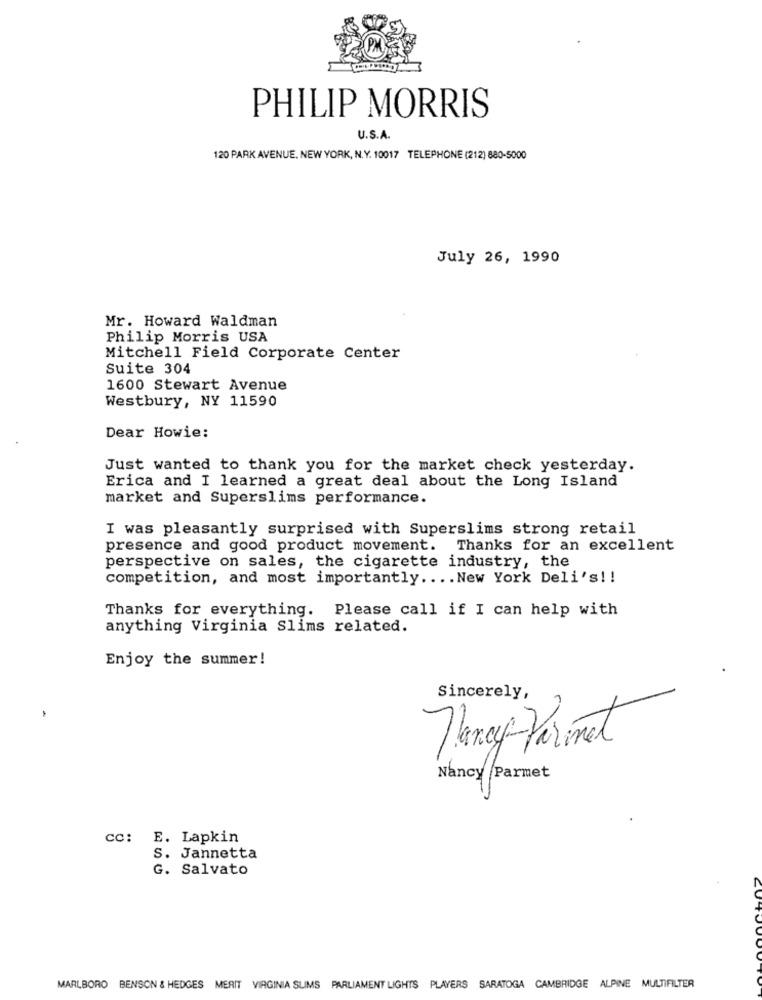
PHILIP MORRIS
U.S.A.
120 PARK AVENUE, NEW YORK, N.Y. 10017 TELEPHONE (212) 880-5000
July 26, 1990
Mr. Howard Waldman
Philip Morris USA
Mitchell Field Corporate Center
Suite 304
1600 Stewart Avenue
Westbury, NY 11590
Dear Howie:
Just wanted to thank you for the market check yesterday.
Erica and I learned a great deal about the Long Island
market and Superslims performance.
I was pleasantly surprised with Superslims strong retail
presence and good product movement. Thanks for an excellent
perspective on sales, the cigarette industry, the
competition, and most importantly .... New York Deli's !!
Thanks for everything. Please call if I can help with
anything Virginia Slims related.
Enjoy the summer!
Sincerely,
Parimat
Nancy Parmet
cc: E. Lapkin
S. Jannetta
G. Salvato
CU
MARLBORO BENSON & HEDGES MERIT VIRGINIA SLIMS PARLIAMENT LIGHTS PLAYERS SARATOGA CAMBRIDGE ALPINE MULTIFILTER